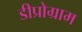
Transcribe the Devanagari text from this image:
डीप्रोग्राम